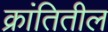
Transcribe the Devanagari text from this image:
क्रांतितील